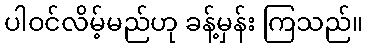
ပါဝင်လိမ့်မည်ဟု ခန့်မှန်း ကြသည်။